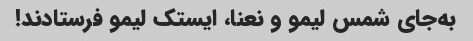
به‌جای شمس لیمو و نعنا، ایستک لیمو فرستادند!